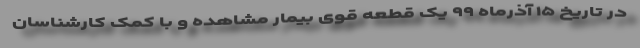
در تاریخ ۱۵ آذرماه ۹۹ یک قطعه قوی بیمار مشاهده و با کمک کارشناسان